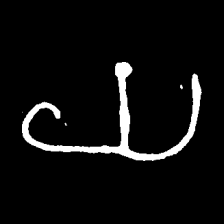
Pyu character \u2014 Myanmar letter: ယ (romanized: ya)